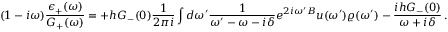
( 1 - i \omega ) \frac { \epsilon _ { + } ( \omega ) } { G _ { + } ( \omega ) } = + h G _ { - } ( 0 ) \frac { 1 } { 2 \pi i } \int d \omega ^ { \prime } \frac { 1 } { \omega ^ { \prime } - \omega - i \delta } e ^ { 2 i \omega ^ { \prime } B } u ( \omega ^ { \prime } ) \varrho ( \omega ^ { \prime } ) - \frac { i h G _ { - } ( 0 ) } { \omega + i \delta } \, .